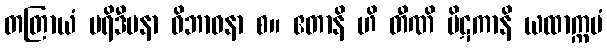
တတြာယံ ပရိဒီပနာ ဝိဘာဝနာ စ။ ဧတာနိ ဟိ တီဏိ ပိဋကာနိ ယထာက္ကမံ